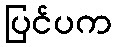
ပြင်ပက